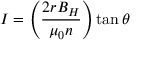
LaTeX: I = \left( { \frac { 2 r B _ { H } } { \mu _ { 0 } n } } \right) \tan \theta